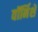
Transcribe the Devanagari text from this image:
वॉर्निशे